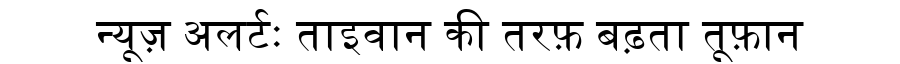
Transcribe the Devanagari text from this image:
न्यूज़ अलर्टः ताइवान की तरफ़ बढ़ता तूफ़ान